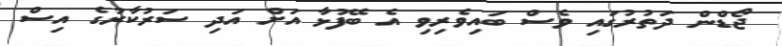
ޖޯޑްން ދަތުރުގައި ވެސް ބައިވެރިވި އެ ބޭފުޅާ އަށް އަދި ސަރުކާރުގެ އިސް